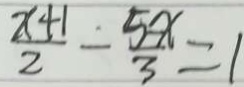
\frac { x + 1 } { 2 } - \frac { 5 - x } { 3 } = 1